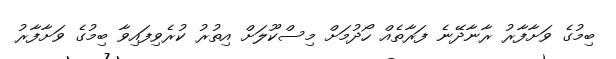
ބިމުގެ ވަށާފާރު ރާނާދޭނެ ފަރާތެއް ހޯދުމަށް މިސްކޫލަށް އިތުރު ކުރެވިފައިވާ ބިމުގެ ވަށާފާރު